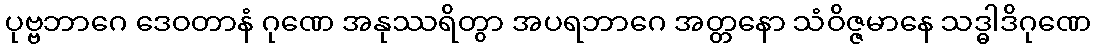
ပုဗ္ဗဘာဂေ ဒေဝတာနံ ဂုဏေ အနုဿရိတွာ အပရဘာဂေ အတ္တနော သံဝိဇ္ဇမာနေ သဒ္ဓါဒိဂုဏေ